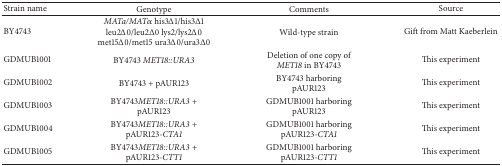
<table><thead><tr><td><b>Strain name</b></td><td><b>Genotype</b></td><td><b>Comments</b></td><td><b>Source</b></td></tr></thead><tbody><tr><td>BY4743</td><td><i>MATa/MATα</i>his3Δ1/his3Δ1 leu2Δ0/leu2Δ0 lys2/lys2Δ0 met15Δ0/met15 ura3Δ0/ura3Δ0</td><td>Wild-type strain</td><td>Gift from Matt Kaeberlein</td></tr><tr><td>GDMUB1001</td><td>BY4743 <i>MET18::URA3</i></td><td>Deletion of one copy of <i>MET18</i> in BY4743</td><td>This experiment</td></tr><tr><td>GDMUB1002</td><td>BY4743 + pAUR123</td><td>BY4743 harboring pAUR123</td><td>This experiment</td></tr><tr><td>GDMUB1003</td><td>BY4743<i>MET18::URA3 + </i>pAUR123</td><td>GDMUB1001 harboring pAUR123</td><td>This experiment</td></tr><tr><td>GDMUB1004</td><td>BY4743<i>MET18::URA3 + </i>pAUR123<i>-CTA1</i></td><td>GDMUB1001 harboring pAUR123<i>-CTA1</i></td><td>This experiment</td></tr><tr><td>GDMUB1005</td><td>BY4743<i>MET18::URA3 + </i>pAUR123<i>-CTT1</i></td><td>GDMUB1001 harboring pAUR123<i>-CTT1</i></td><td>This experiment</td></tr></tbody></table>